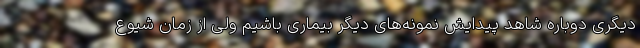
دیگری دوباره شاهد پیدایش نمونه‌های دیگر بیماری باشیم ولی از زمان شیوع